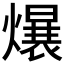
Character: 𪹷